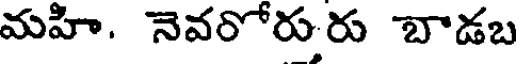
మహి. నెవరోరురు బాడబ